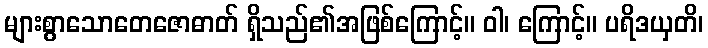
များစွာသောတေဇောဓာတ် ရှိသည်၏အဖြစ်ကြောင့်။ ဝါ၊ ကြောင့်။ ပရိဒယှတိ၊